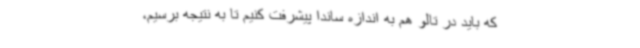
که باید در تالو هم به اندازه ساندا پیشرفت کنیم تا به نتیجه برسیم،